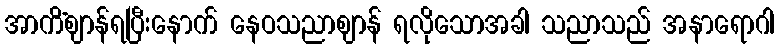
အာကိံဈာန်ရပြီးနောက် နေဝသညာဈာန် ရလိုသောအခါ သညာသည် အနာရောဂါ